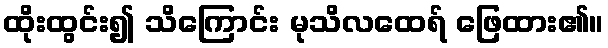
ထိုးထွင်း၍ သိကြောင်း မုသိလထေရ် ဖြေထား၏။